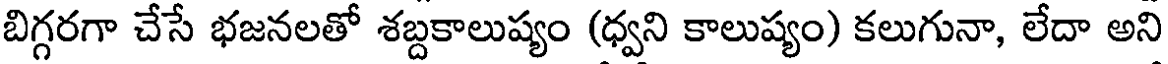
బిగ్గరగా చేసే భజనలతో శబ్దకాలుష్యం (ధ్వని కాలుష్యం) కలుగునా, లేదా అని